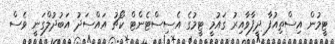
ޓީމުން އިސްތިއުފާ ދީފާވާއިރު ގައުމީ ޓީމުގެ އެސިސްޓެންޓް ކޯޗު އައްސަދު އަބުދުލްގަނީ ވެސް